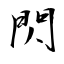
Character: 閃